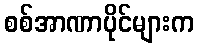
စစ်အာဏာပိုင်များက